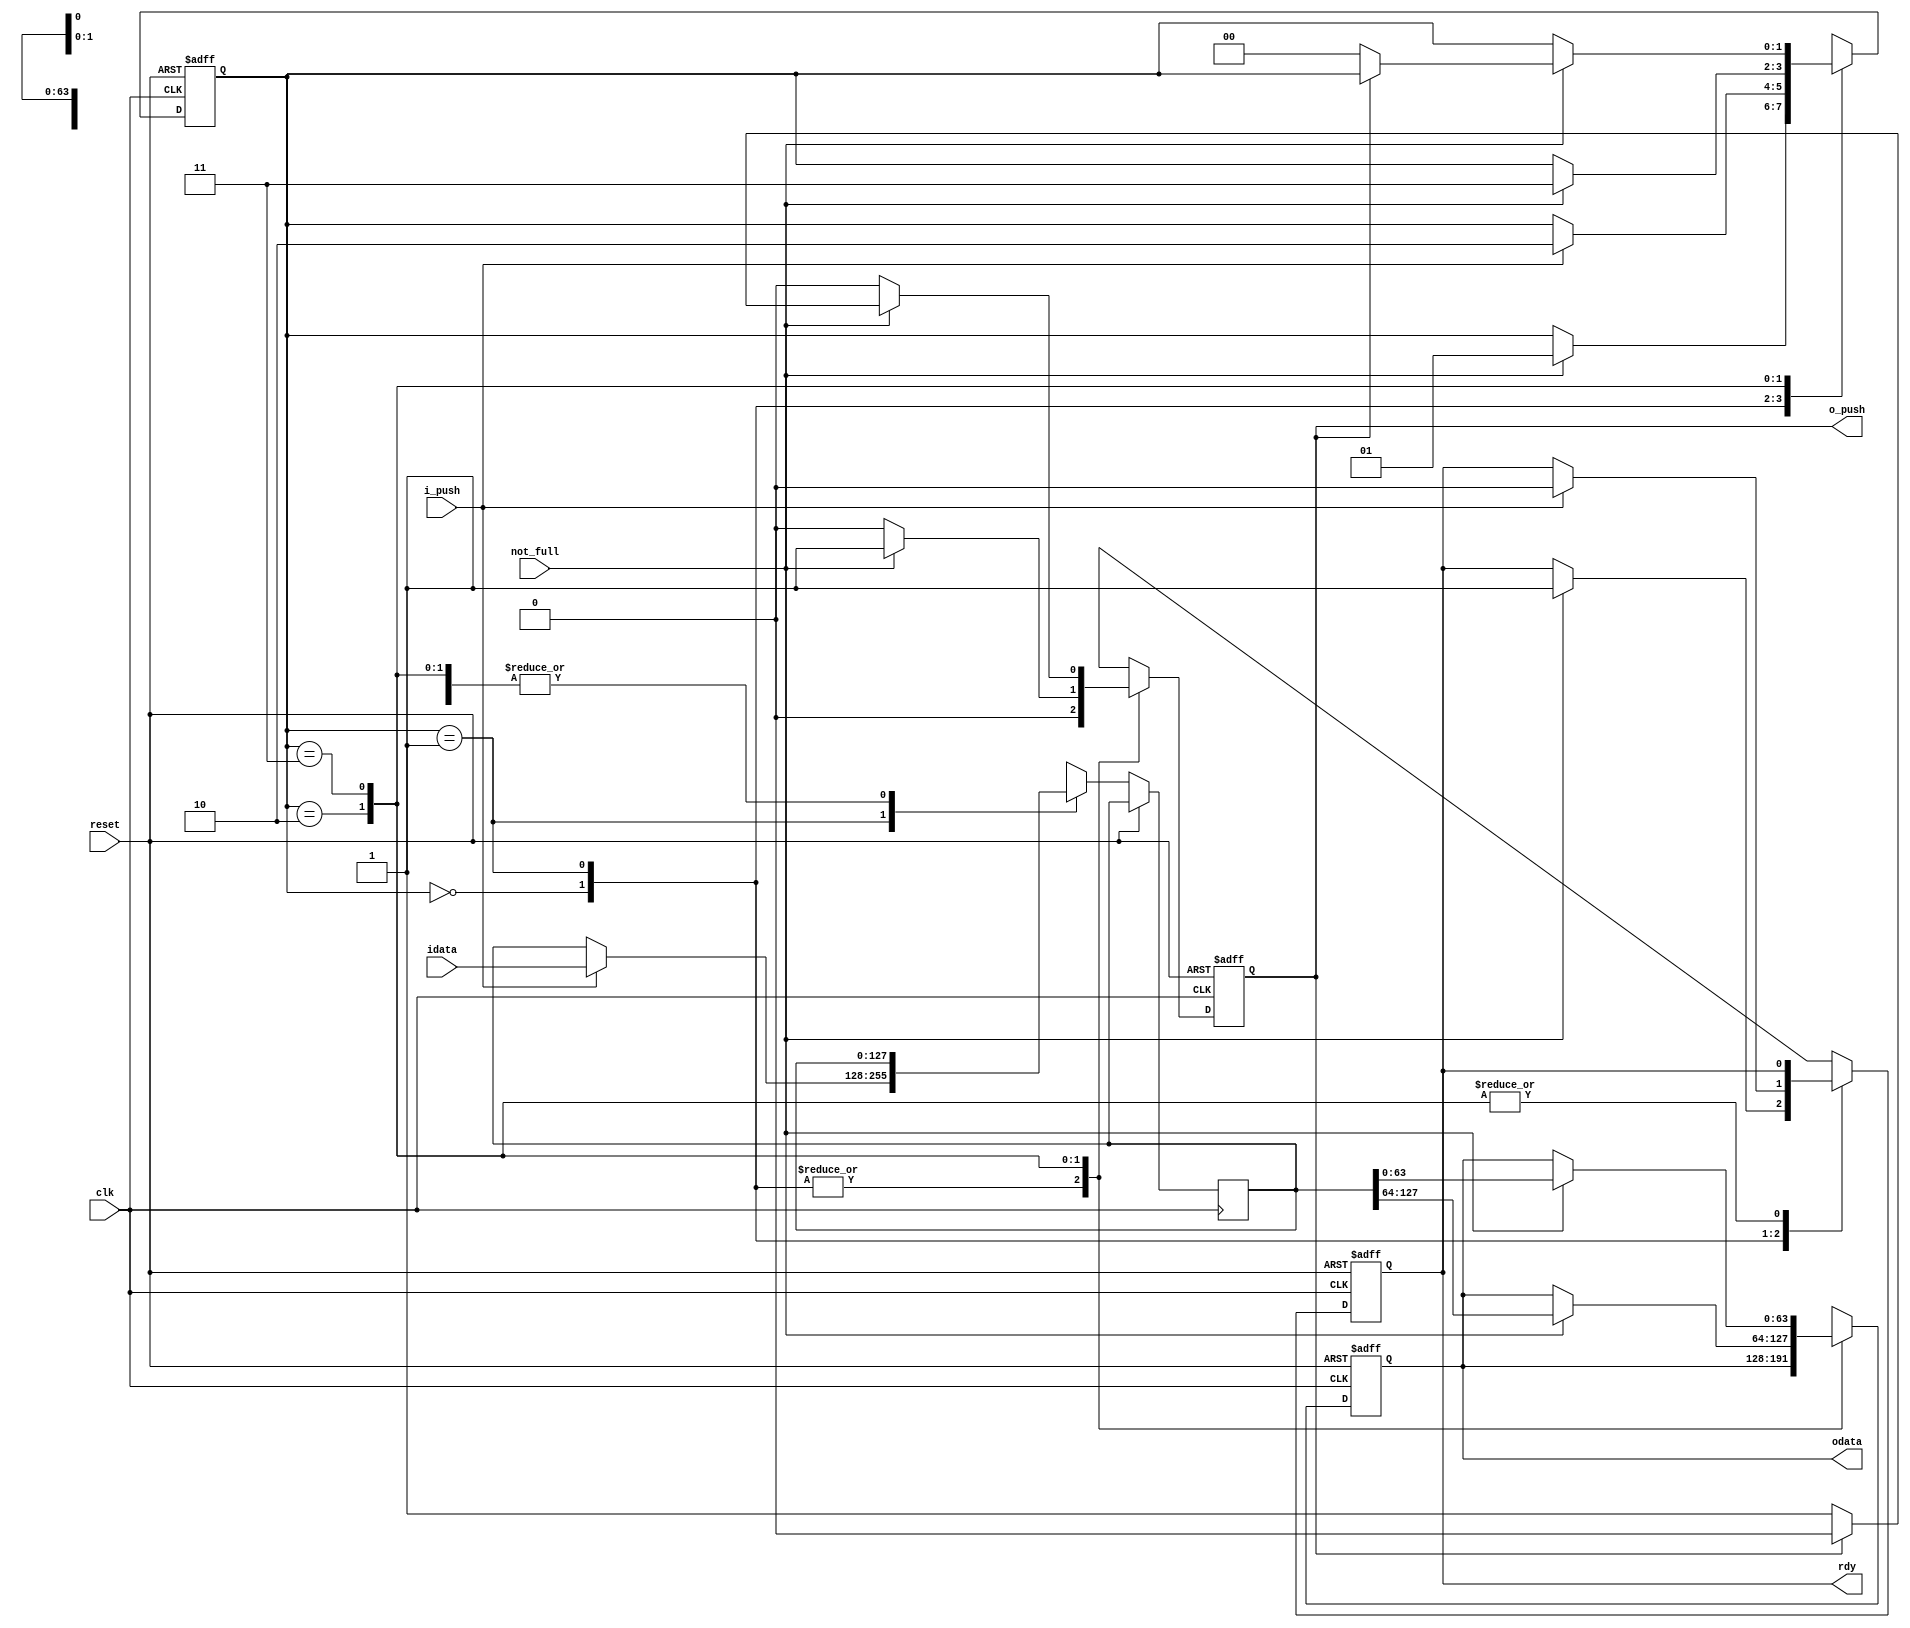
`timescale 1ns/1ns
/*
 Purpose:
 Push 128 bit word, 64 bits at a time into opb fifo
 When rdy is high, use i_push to send data in.
 as long as fifo not_full , 64 bit words o_push(ed).
 */

`define init   2'd0
`define stage1 2'd1
`define stage2 2'd2
`define stage3 2'd3

module fifo_wr_128_to_64 ( /*AUTOARG*/
   // Outputs
   rdy, odata, o_push,
   // Inputs
   idata, clk, reset, not_full, i_push
   ) ;

   parameter i_w_width=128 ; //input data width
   parameter o_w_width=64 ; //output data width   
   
   input [i_w_width-1:0] idata ;
   input 		clk,reset ;
   input 		not_full ;
   input 		i_push ;
   
   output  	       rdy ;   
   output [o_w_width-1:0] odata ;
   output 		o_push ;

   reg [o_w_width-1:0] 	odata_wd , odata_rd ;
   reg 			rdy_wc , rdy_rc ;
   reg 			o_push_wc, o_push_rc ;

   wire [i_w_width-1:0] 	idata ;
   reg [i_w_width-1:0] 	idata_wd, idata_rd ;   
   wire 		o_push = o_push_rc ;
   
   //Wire assigns for outputs
   wire [o_w_width-1:0] 	odata = odata_rd ;
   wire 		rdy = rdy_rc;

   //Local var
   reg [1:0] fsm_cs, fsm_ns;

   always @(posedge clk or posedge reset)
     if (reset)
       begin
	  fsm_cs <= `init ;
	  rdy_rc <= 0 ;
	  odata_rd <= 0;
	  o_push_rc <= 0;
       end
     else
       begin
	  fsm_cs <= fsm_ns ;
	  odata_rd <= odata_wd ;
	  rdy_rc <= rdy_wc ;
	  idata_rd <= idata_wd ;
	  o_push_rc <= o_push_wc ;
       end

   //Algo
   //1. Pop 4 words from Fifo
   //2. Assert rdy
   //3. Wait for pull , goto (1)
   
   always @(/*autosense*/
	    fsm_cs or i_push or idata
	    or idata_rd or not_full or odata_rd or rdy_rc)
     begin
	
	fsm_ns = fsm_cs ;
	o_push_wc = 0;
	
	//Hold values
	odata_wd = odata_rd ;
	idata_wd = idata_rd ;
	rdy_wc = rdy_rc ;
	
	case ( fsm_cs )
	  `init:
	    if ( not_full  )
	      begin
		 fsm_ns = `stage1 ;
		 rdy_wc = 1 ;
	      end

	  `stage1:
	    begin
	       if ( i_push )
		 begin
		    idata_wd = idata ;
		    rdy_wc = 0;
		    fsm_ns = `stage2;
		 end
	    end

	  `stage2:
	    begin
	       if ( not_full )
		 begin
		    odata_wd= idata_rd[127:64];
		    o_push_wc = 1 ;
		    fsm_ns = `stage3 ;
		 end
	    end

	  `stage3:
	    begin
	       if ( not_full )
		 begin
		    odata_wd= idata_rd[63:0];
		    if (~o_push_rc) //Can't do back to back pushes
		      begin
			 o_push_wc = 1 ;
			 fsm_ns = `init ;
		    end
		 end
	    end	  

	  default:fsm_ns = `init ;
	  
	endcase // case ( fsm_cs )
     end

endmodule // fifo_wr_128_to_64